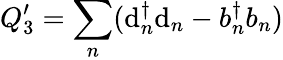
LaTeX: Q_{3}^{\prime}={\sum_{n}}(\mathrm{d}_{n}^{\dagger}\mathrm{d}_{n}-b_{n}^{\dagger}b_{n})